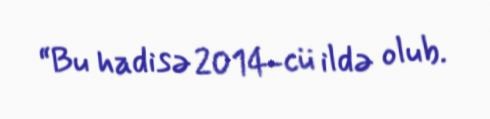
“Bu hadisə 2014-cü ildə olub.